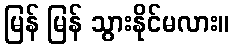
မြန် မြန် သွားနိုင်မလား။